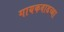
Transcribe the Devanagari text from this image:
गायकवाडच्या